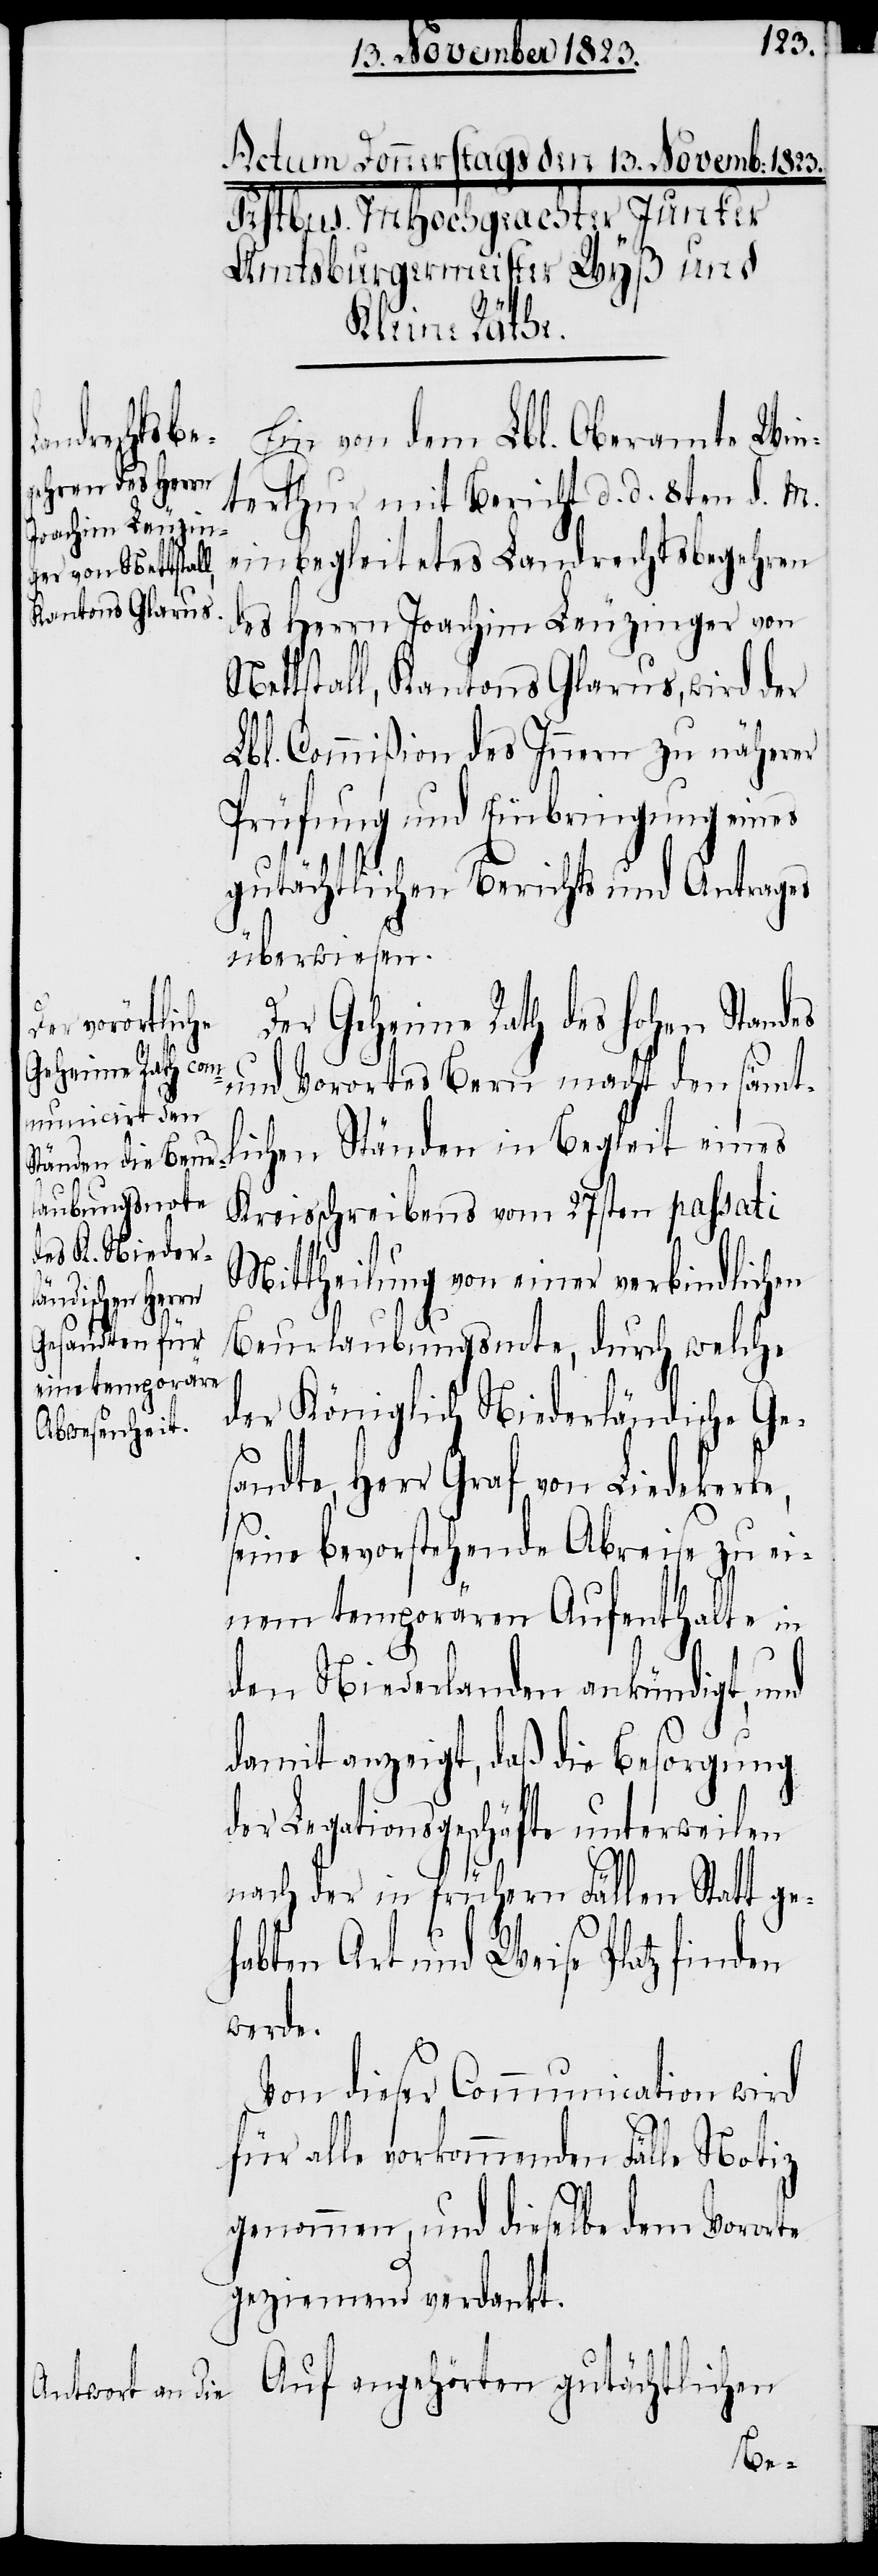
Ein von dem Lbl. Oberamte Win¬
rthur mit Bericht d. d. 8ten d. M.
te¬
einbegleitetes Landrechtsbegehren
des Herrn Joachim Leuzinger von
Nettstall, Kantons Glarus, wird der
Lbl. Commißion des Innern zu näherer
Prüfung und Einbringung eines
gutächtlichen Berichts und Antrages
überwiesen.
Der Geheime Rath des hohen Standes
und Vorortes Bern macht den sämtl¬
ichen Ständen in Begleit eines
Kreisschreibens vom 27sten passati
Mittheilung von einer verbindlichen
Beurlaubungsnote, durch welche
der Königlich Niederländische Ge¬
sandte, Herr Graf von Liedekerke,
seine bevorstehende Abreise zu ei¬
nem temporären Aufenthalte in
den Niederlanden ankündigt, und
damit anzeigt, daß die Besorgung
der Legationsgeschäfte unterweilen
nach der in frühern Fällen Statt ge¬
habten Art und Weise Platz finden
werde.
Von dieser Communication wird
für alle vorkommenden Fälle Notiz
genommen, und dieselbe dem Vororte
geziemend verdankt.
Auf angehörten gutächtlichen